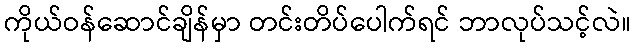
ကိုယ်ဝန်ဆောင်ချိန်မှာ တင်းတိပ်ပေါက်ရင် ဘာလုပ်သင့်လဲ။